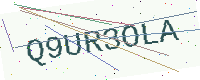
Text: Q9UR3OLA